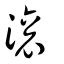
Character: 滾